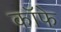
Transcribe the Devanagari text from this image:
कॉफे